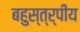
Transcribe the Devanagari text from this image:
बहुस्त्र्पीय